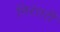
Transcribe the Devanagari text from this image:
निरंतरीं